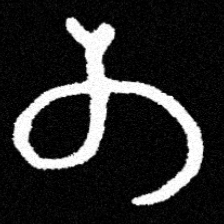
Pyu character \u2014 Myanmar letter: တ (romanized: ta)